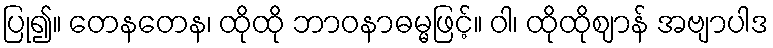
ပြု၍။ တေနတေန၊ ထိုထို ဘာဝနာဓမ္မဖြင့်။ ဝါ၊ ထိုထိုဈာန် အဗျာပါဒ